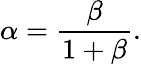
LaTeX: \alpha=\frac{\beta}{1+\beta}.